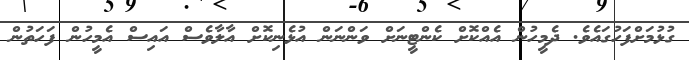
ގުޅުމަށްފަހުގައެވެ. ދެމީހުން އެއްކޮށް ކެންޓީނަށް ވަންނަން އުޅެނިކޮށް އާލާވެސް އައިސް އެމީހުން ފަހަތުން